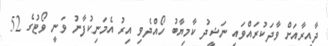
ދާއިރާއަށް ވާދަކުރައްވައި ނަޝީދު ކާމިޔާބު ހޯއްދެވި އިރު އެމަނިކުފާނު ވަނީ ވޯޓުގެ 52